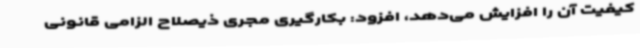
کیفیت آن را افزایش می‌دهد، افزود: بکارگیری مجری ذیصلاح الزامی قانونی